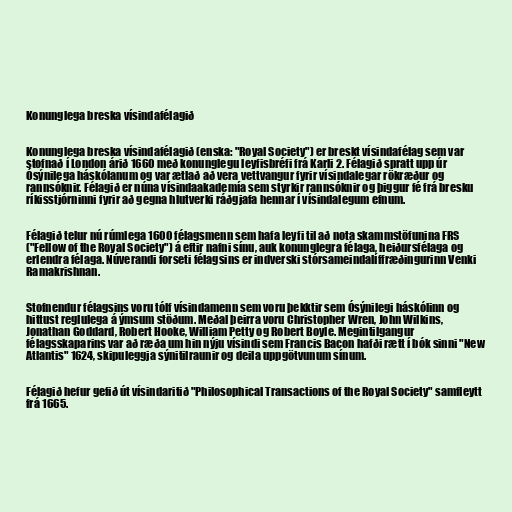
Konunglega breska vísindafélagið

Konunglega breska vísindafélagið (enska: "Royal Society") er breskt vísindafélag sem var
stofnað í London árið 1660 með konunglegu leyfisbréfi frá Karli 2. Félagið spratt upp úr
Ósýnilega háskólanum og var ætlað að vera vettvangur fyrir vísindalegar rökræður og
rannsóknir. Félagið er núna vísindaakademía sem styrkir rannsóknir og þiggur fé frá bresku
ríkisstjórninni fyrir að gegna hlutverki ráðgjafa hennar í vísindalegum efnum.

Félagið telur nú rúmlega 1600 félagsmenn sem hafa leyfi til að nota skammstöfunina FRS
("Fellow of the Royal Society") á eftir nafni sínu, auk konunglegra félaga, heiðursfélaga og
erlendra félaga. Núverandi forseti félagsins er indverski stórsameindalíffræðingurinn Venki
Ramakrishnan.

Stofnendur félagsins voru tólf vísindamenn sem voru þekktir sem Ósýnilegi háskólinn og
hittust reglulega á ýmsum stöðum. Meðal þeirra voru Christopher Wren, John Wilkins,
Jonathan Goddard, Robert Hooke, William Petty og Robert Boyle. Megintilgangur
félagsskaparins var að ræða um hin nýju vísindi sem Francis Bacon hafði rætt í bók sinni "New
Atlantis" 1624, skipuleggja sýnitilraunir og deila uppgötvunum sínum.

Félagið hefur gefið út vísindaritið "Philosophical Transactions of the Royal Society" samfleytt
frá 1665.